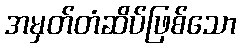
အမှတ်တံဆိပ်ဖြစ်သော